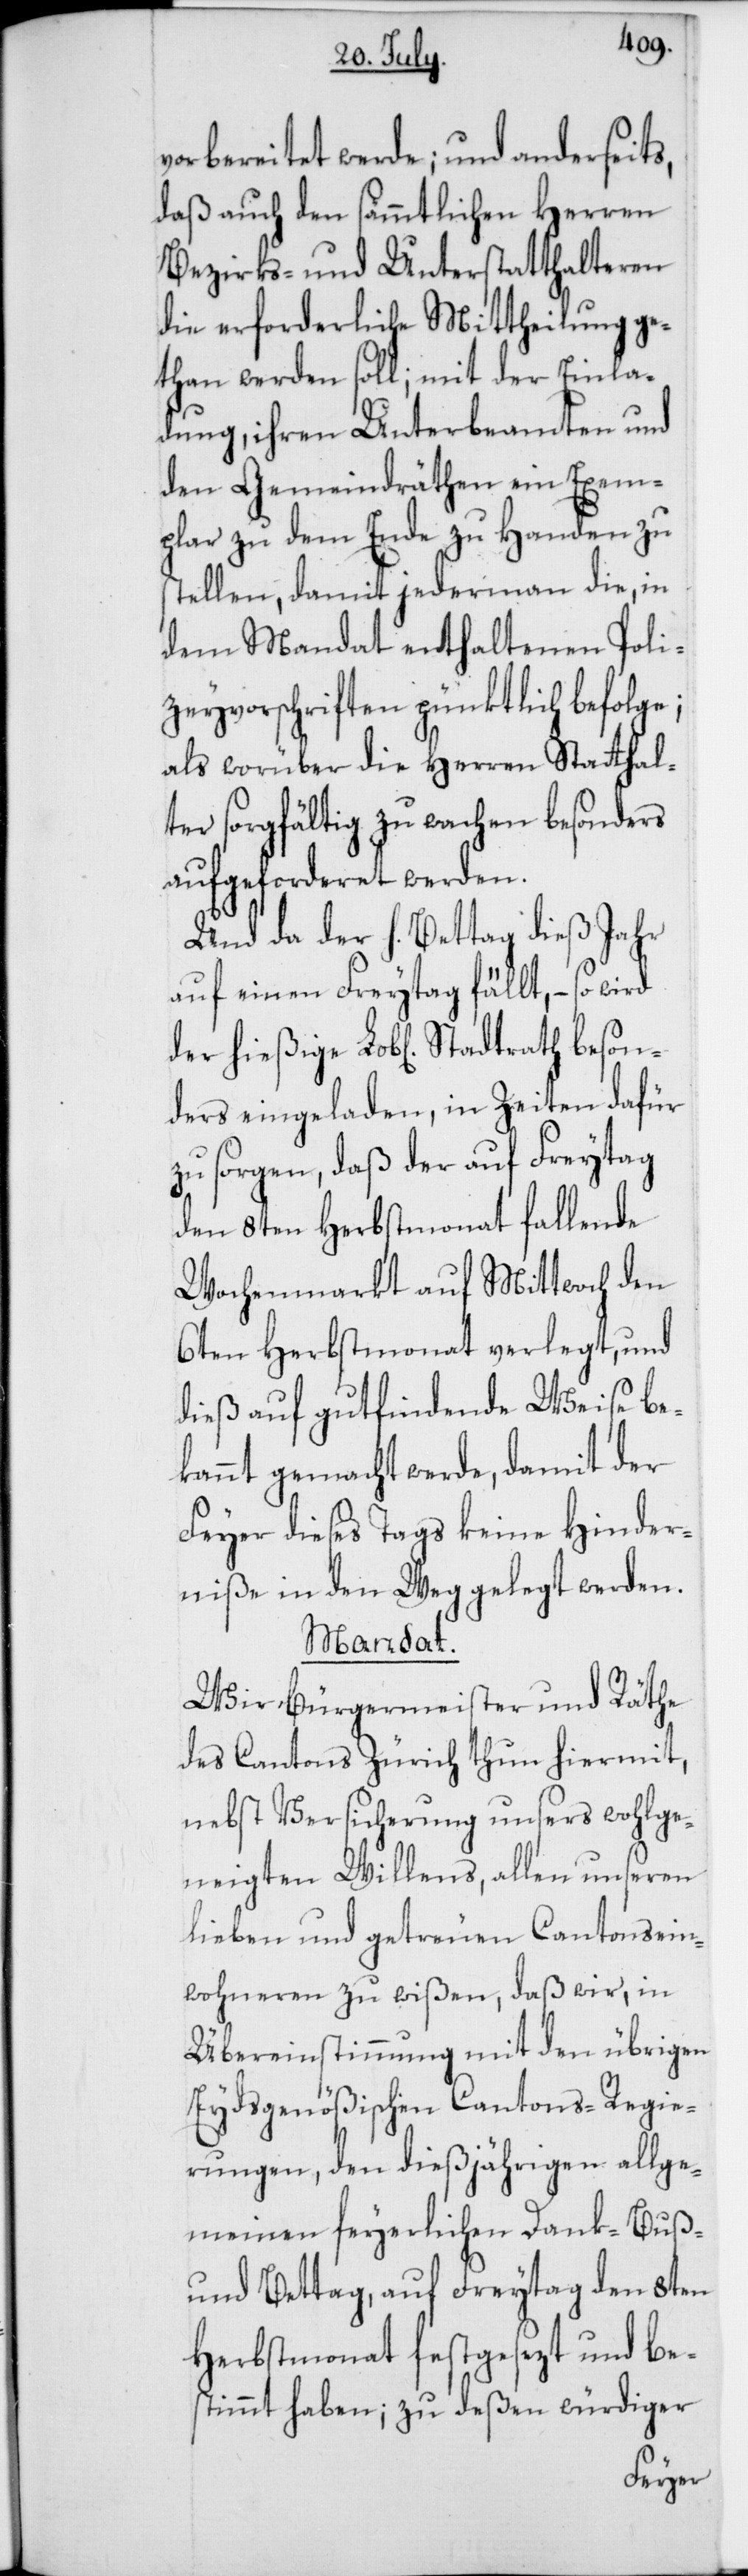
vorbereitet werde; und anderseits,
daß auch den sämmtlichen Herren
Bezirks- und Unterstatthalteren
die erforderliche Mittheilung ge¬
than werden soll; mit der Einla¬
dung, ihren Unterbeamten und
den Gemeindräthen ein Exem¬
plar zu dem Ende zu Handen zu
stellen, damit jedermann die, in
dem Mandat enthaltenen Poli¬
zeyvorschriften pünktlich befolge;
als worüber die Herren Stathal¬
ter sorgfältig zu wachen besonders
aufgeforderet werden.
Und da der h. Bettag dieß Jahr
auf einen Freytag fällt, – so wird
ders eingeladen, in Zeiten dafür
zu sorgen, daß der auf Freytag
den 8ten Herbstmonat fallende
Wochenmarkt auf Mittwoch den
6ten Herbstmonat verlegt, und
dieß auf gutfindende Weise be¬
kannt gemacht werde, damit der
Feier dieses Tags keine Hinder¬
niße in den Weg gelegt werden.
Mandat.
Wir Bürgermeister und Räthe
des Cantons Zürich thun hiermit,
nebst Versicherung unsers wohlge¬
neigten Willens, allen unseren
lieben und getreuen Cantonsein¬
wohneren zu wißen, daß wir, in
Übereinstimmung mit den übrigen
Eydsgenößischen Cantons-Regie¬
rungen, den dießjährigen allge¬
meinen feyerlichen Dank-[,]
und Bettag, auf Freytag den 8ten
Herbstmonat festgesezt und be¬
stimmt haben; zu deßen würdiger
beson¬